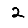
Digit: 2